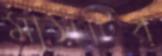
মাসটির